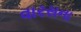
વારસના